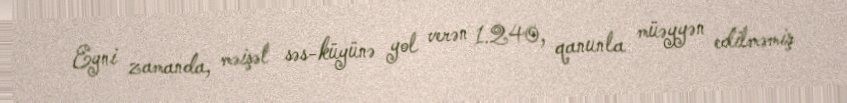
Eyni zamanda, məişət səs-küyünə yol verən 1.240, qanunla müəyyən edilməmiş